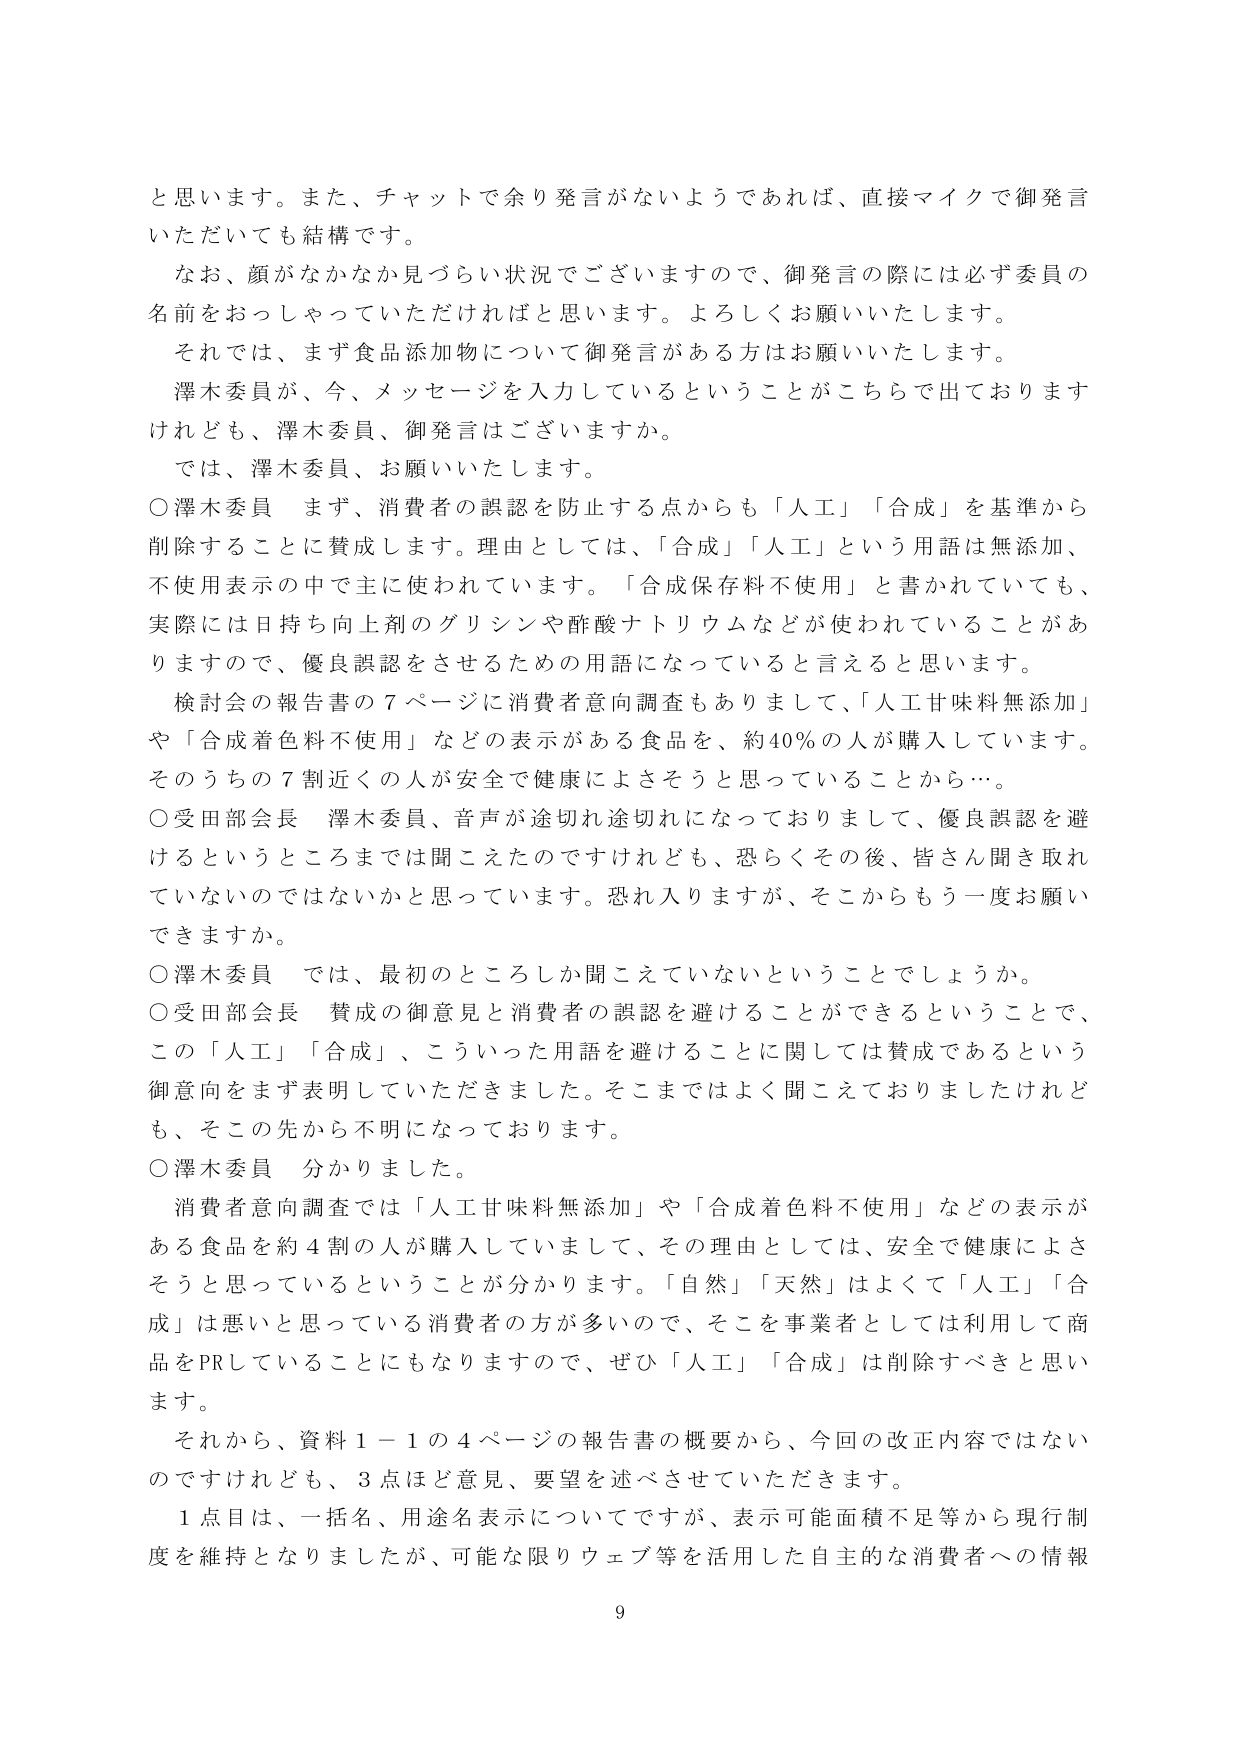
と思います。また、チャットで余り発言がないようであれば、直接マイクで御発言いただいても結構です。
なお、顔がなかなか見づらい状況でございますので、御発言の際には必ず委員の名前をおっしゃっていただければと思います。よろしくお願いいたします。
それでは、まず食品添加物について御発言がある方はお願いいたします。
澤木委員が、今、メッセージを入力しているということがこちらで出ておりますけれども、澤木委員、御発言はございますか。
では、澤木委員、お願いいたします。
○澤木委員 まず、消費者の誤認を防止する点からも「人工」「合成」を基準から削除することに賛成します。理由としては、「合成」「人工」という用語は無添加、不使用表示の中で主に使われています。「合成保存料不使用」と書かれていても、実際には日持ち向上剤のグリシンや酢酸ナトリウムなどが使われていることがありますので、優良誤認をさせるための用語になっていると言えると思います。
検討会の報告書の７ページに消費者意向調査もありまして、「人工甘味料無添加」や「合成着色料不使用」などの表示がある食品を、約40％の人が購入しています。そのうちの７割近くの人が安全で健康によさそうと思っていることから…。
○受田部会長 澤木委員、音声が途切れ途切れになっておりまして、優良誤認を避けるというところまでは聞こえたのですけれども、恐らくその後、皆さん聞き取れていないのではないでしょうかと思っています。恐れ入りますが、そこからもう一度お願いできますか。
○澤木委員 では、最初のところしか聞こえていないということでしょうか。
○受田部会長 賛成の御意見と消費者の誤認を避けることができるということで、この「人工」「合成」、こういった用語を避けることに関しては賛成であるという御意向をまず表明していただきました。そこまではよく聞こえておりましたけれども、そこの先から不明になっております。
○澤木委員 分かりました。
消費者意向調査では「人工甘味料無添加」や「合成着色料不使用」などの表示がある食品を約４割の人が購入していまして、その理由としては、安全で健康によさそうと思っているということが分かります。「自然」「天然」はよくて「人工」「合成」は悪いと思っている消費者の方が多くので、そこを事業者としては利用して商品をPRしていることにもなりますので、ぜひ「人工」「合成」は削除すべきと思います。
それから、資料１－１の４ページの報告書の概要から、今回の改正内容ではないのですけれども、３点ほど意見、要望を述べさせていただきます。
１点目は、一括名、用途名表示についてですが、表示可能面積不足等から現行制度を維持となりましたが、可能な限りウェブ等を活用した自主的な消費者への情報
9